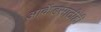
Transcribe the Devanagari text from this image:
आर्केडसाठीही